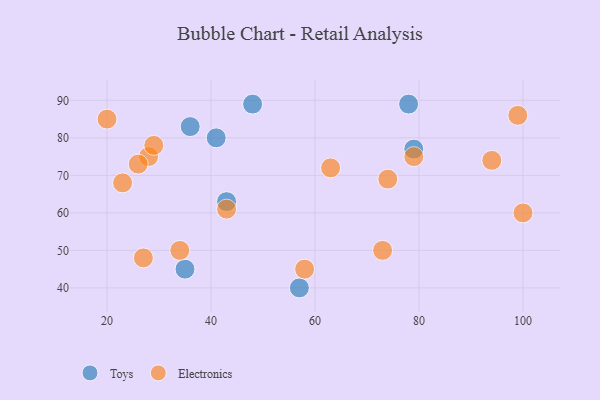
{"axis": {"x": "GDP", "y": "Life Expectancy"}, "legend": ["Electronics", "Toys"], "data": [{"x": "57", "y": 40, "type": "Toys"}, {"x": "35", "y": 45, "type": "Toys"}, {"x": "41", "y": 80, "type": "Toys"}, {"x": "79", "y": 77, "type": "Toys"}, {"x": "36", "y": 83, "type": "Toys"}, {"x": "43", "y": 63, "type": "Toys"}, {"x": "48", "y": 89, "type": "Toys"}, {"x": "78", "y": 89, "type": "Toys"}, {"x": "94", "y": 74, "type": "Electronics"}, {"x": "63", "y": 72, "type": "Electronics"}, {"x": "28", "y": 75, "type": "Electronics"}, {"x": "58", "y": 45, "type": "Electronics"}, {"x": "29", "y": 78, "type": "Electronics"}, {"x": "99", "y": 86, "type": "Electronics"}, {"x": "26", "y": 73, "type": "Electronics"}, {"x": "27", "y": 48, "type": "Electronics"}, {"x": "73", "y": 50, "type": "Electronics"}, {"x": "34", "y": 50, "type": "Electronics"}, {"x": "100", "y": 60, "type": "Electronics"}, {"x": "23", "y": 68, "type": "Electronics"}, {"x": "74", "y": 69, "type": "Electronics"}, {"x": "20", "y": 85, "type": "Electronics"}, {"x": "79", "y": 75, "type": "Electronics"}, {"x": "43", "y": 61, "type": "Electronics"}]}